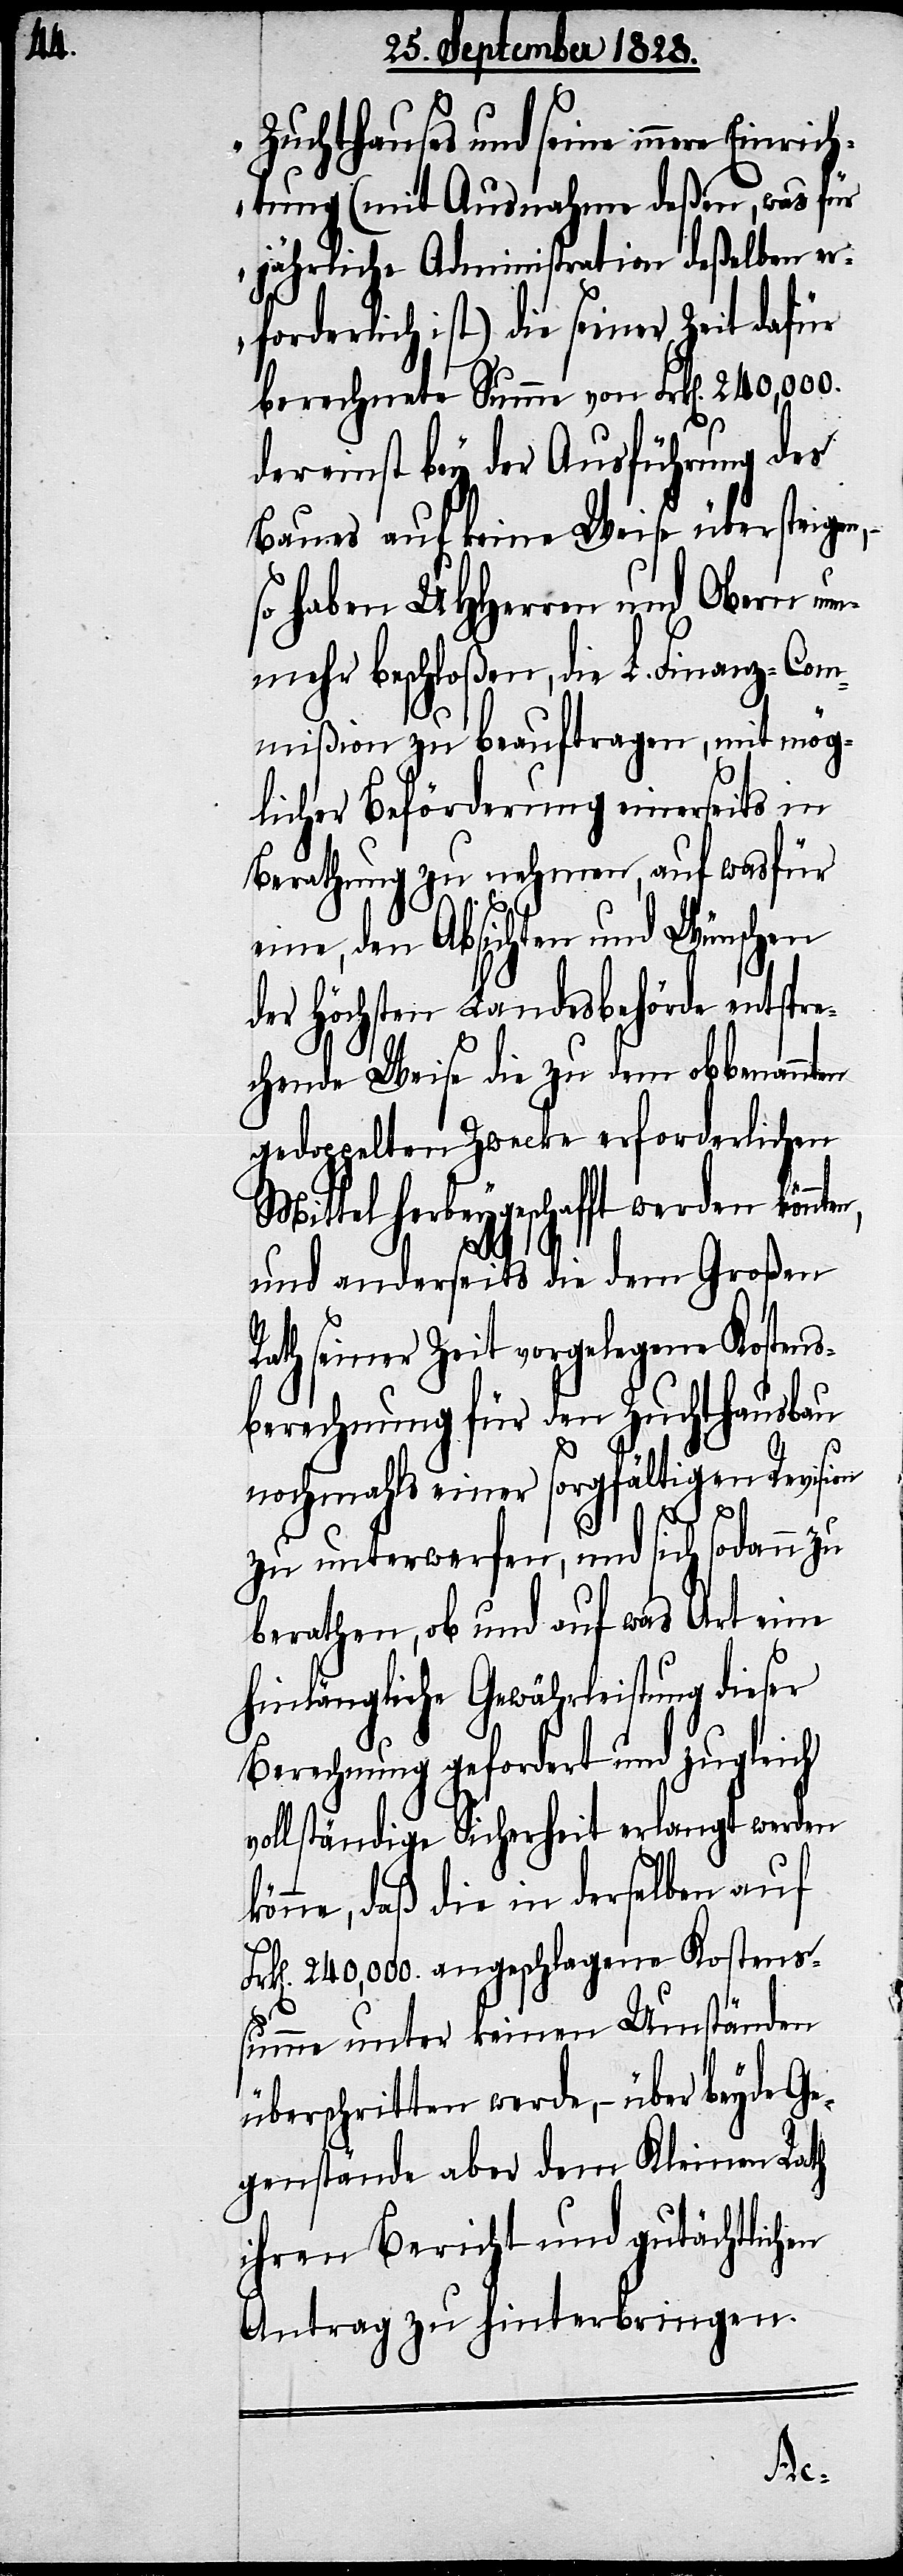
Zuchthauses und seine innere Einri¬
chtung (mit Ausnahme deßen, was für
jährliche Administration deßelben er¬
forderlich ist) die seiner Zeit dafür
berechnete Summe von Frk[en]. 240,000.
dereinst bey der Ausführung des
Baues auf keine Weise übersteigen,[“]
so haben UHHerren und Obern nun¬
mehr beschloßen, die L. Finanz-Com¬
mißion zu beauftragen, mit mög¬
licher Beförderung einerseits in
Berathung zu nehmen, auf was für
eine, den Absichten und Wünschen
der Höchsten Landesbehörde entspre¬
chende Weise die zu dem obbenan¬
gedoppelten Zwecke erforderlichen
Mittel herbeygeschafft werden kön¬
und anderseits die dem Großen
th seiner Zeit vorgelegene Koste¬
berechnung für den Zuchthausbau
nochmahls einer sorgfältigen Revision
zu unterwerfen, und sich sodann zu
berathen, ob und auf was Art eine
hinlängliche Gewährleistung dieser
Berechnung gefordert und zugleich
vollständige Sicherheit erlangt werden
könne, daß die in derselben auf
k[en]. 240,000. angeschlagene Kostens¬
summe unter keinen Umständen
überschritten werde, – über beyde Ge¬
genstände aber dem Kleinen Rath
ihren Bericht und gutächtlichen
Antrag zu hinterbringen.
Fr¬